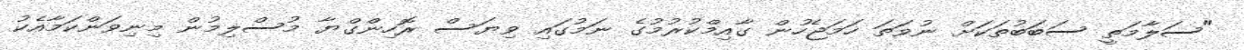
"ސަލާމަތީ ސަބަބުތަކަށް ނުވަތަ ހަމަޖެހުން ގާއިމްކުރުމުގެ ނަމުގައި ވިޔަސް ރޮހިންގްޔާ މުސްލިމުން މިނިވަންކަމާއެކު